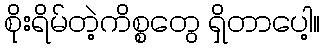
စိုးရိမ်တဲ့ကိစ္စတွေ ရှိတာပေါ့။